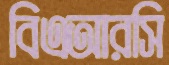
বিএআরসি